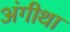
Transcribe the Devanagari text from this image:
अंगीथा